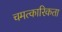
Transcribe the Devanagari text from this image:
चमत्कारिकता